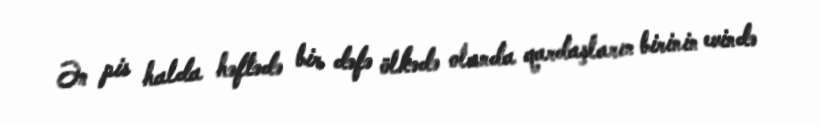
Ən pis halda həftədə bir dəfə ölkədə olanda qardaşların birinin evində